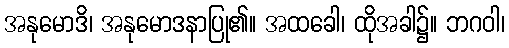
အနုမောဒိ၊ အနုမောဒနာပြု၏။ အထခေါ၊ ထိုအခါ၌။ ဘဂဝါ၊